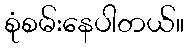
စုံစမ်းနေပါတယ်။